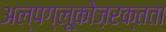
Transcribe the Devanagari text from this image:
अल्पग्लूकोज़रक्तता